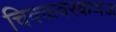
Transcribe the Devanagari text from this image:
चिक्कवरकणज